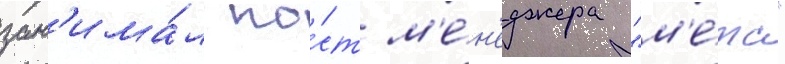
зан'има́л по́ст м'е́н'еджера "м'е́тс"